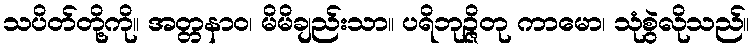
သပိတ်တို့ကို။ အတ္တနာဝ၊ မိမိချည်းသာ။ ပရိဘုဉ္ဇိတု ကာမော၊ သုံစွဲလိုသည်။